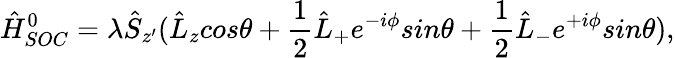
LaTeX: \hat{H}_{SOC}^{0}=\lambda\hat{S}_{z^{\prime}}(\hat{L}_{z}cos\theta+\frac{1}{2}\hat{L}_{+}e^{-i\phi}sin\theta+\frac{1}{2}\hat{L}_{-}e^{+i\phi}sin\theta),